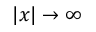
\lvert x \rvert \to \infty